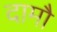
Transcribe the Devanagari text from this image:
दामौ